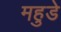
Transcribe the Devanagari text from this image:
महुडे